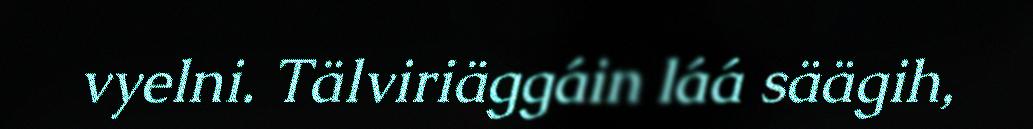
vyelni. Tälviriäggáin láá säägih,